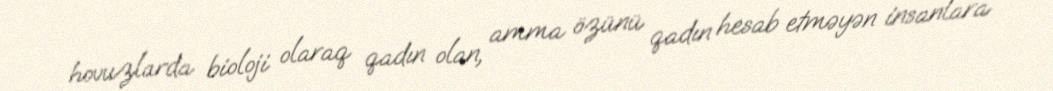
hovuzlarda bioloji olaraq qadın olan, amma özünü qadın hesab etməyən insanlara